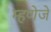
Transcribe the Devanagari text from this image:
म्हणेजे